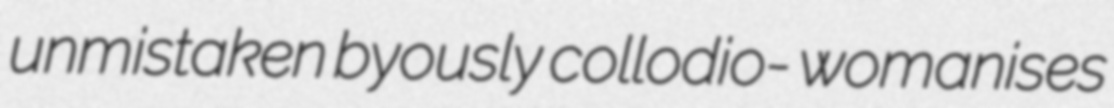
unmistaken byously collodio- womanises